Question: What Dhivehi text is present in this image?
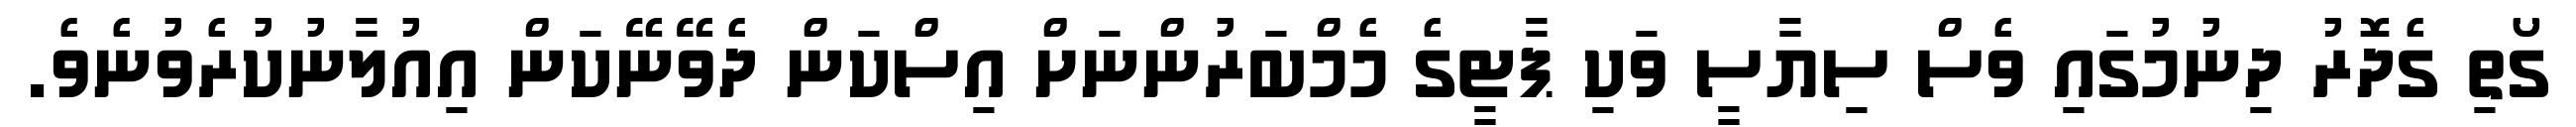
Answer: ގޯތި ގެދޮރު ދިނުމުގައި ވެސް ސިޔާސީ ވަކި ޕާޓީގެ މެމްބަރުންނަށް އިސްކަން ދެވޭނޭކަން އިއުލާނުކުރެވުނެވެ.